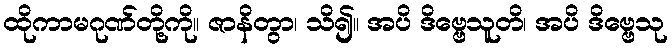
ထိုကာမဂုဏ်တို့ကို။ ဇာနိတွာ၊ သိ၍။ အပိ ဒိဗ္ဗေသူတိ၊ အပိ ဒိဗ္ဗေသု